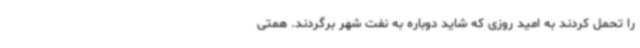
را تحمل کردند به امید روزی که شاید دوباره به نفت شهر برگردند. همتی